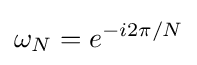
\omega _{N}=e^{-i2\pi /N}